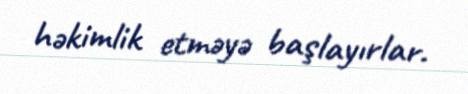
həkimlik etməyə başlayırlar.